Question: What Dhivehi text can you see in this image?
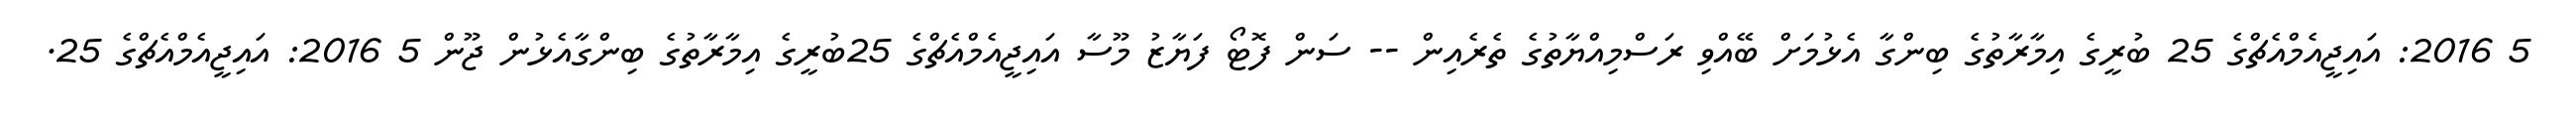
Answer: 5 2016: އައިޖީއެމްއެޗްގެ 25 ބުރީގެ އިމާރާތުގެ ބިންގާ އެޅުމަށް ބޭއްވި ރަސްމިއްޔާތުގެ ތެރެއިން -- ސަން ފޮޓޯ ފަޔާޒު މޫސާ އައިޖީއެމްއެޗްގެ 25ބުރީގެ އިމާރާތުގެ ބިންގާއެޅުން ޖޫން 5 2016: އައިޖީއެމްއެޗްގެ 25.